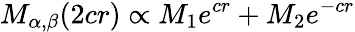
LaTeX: M_{\alpha,\beta}(2cr)\propto M_{1}e^{cr}+M_{2}e^{-cr}